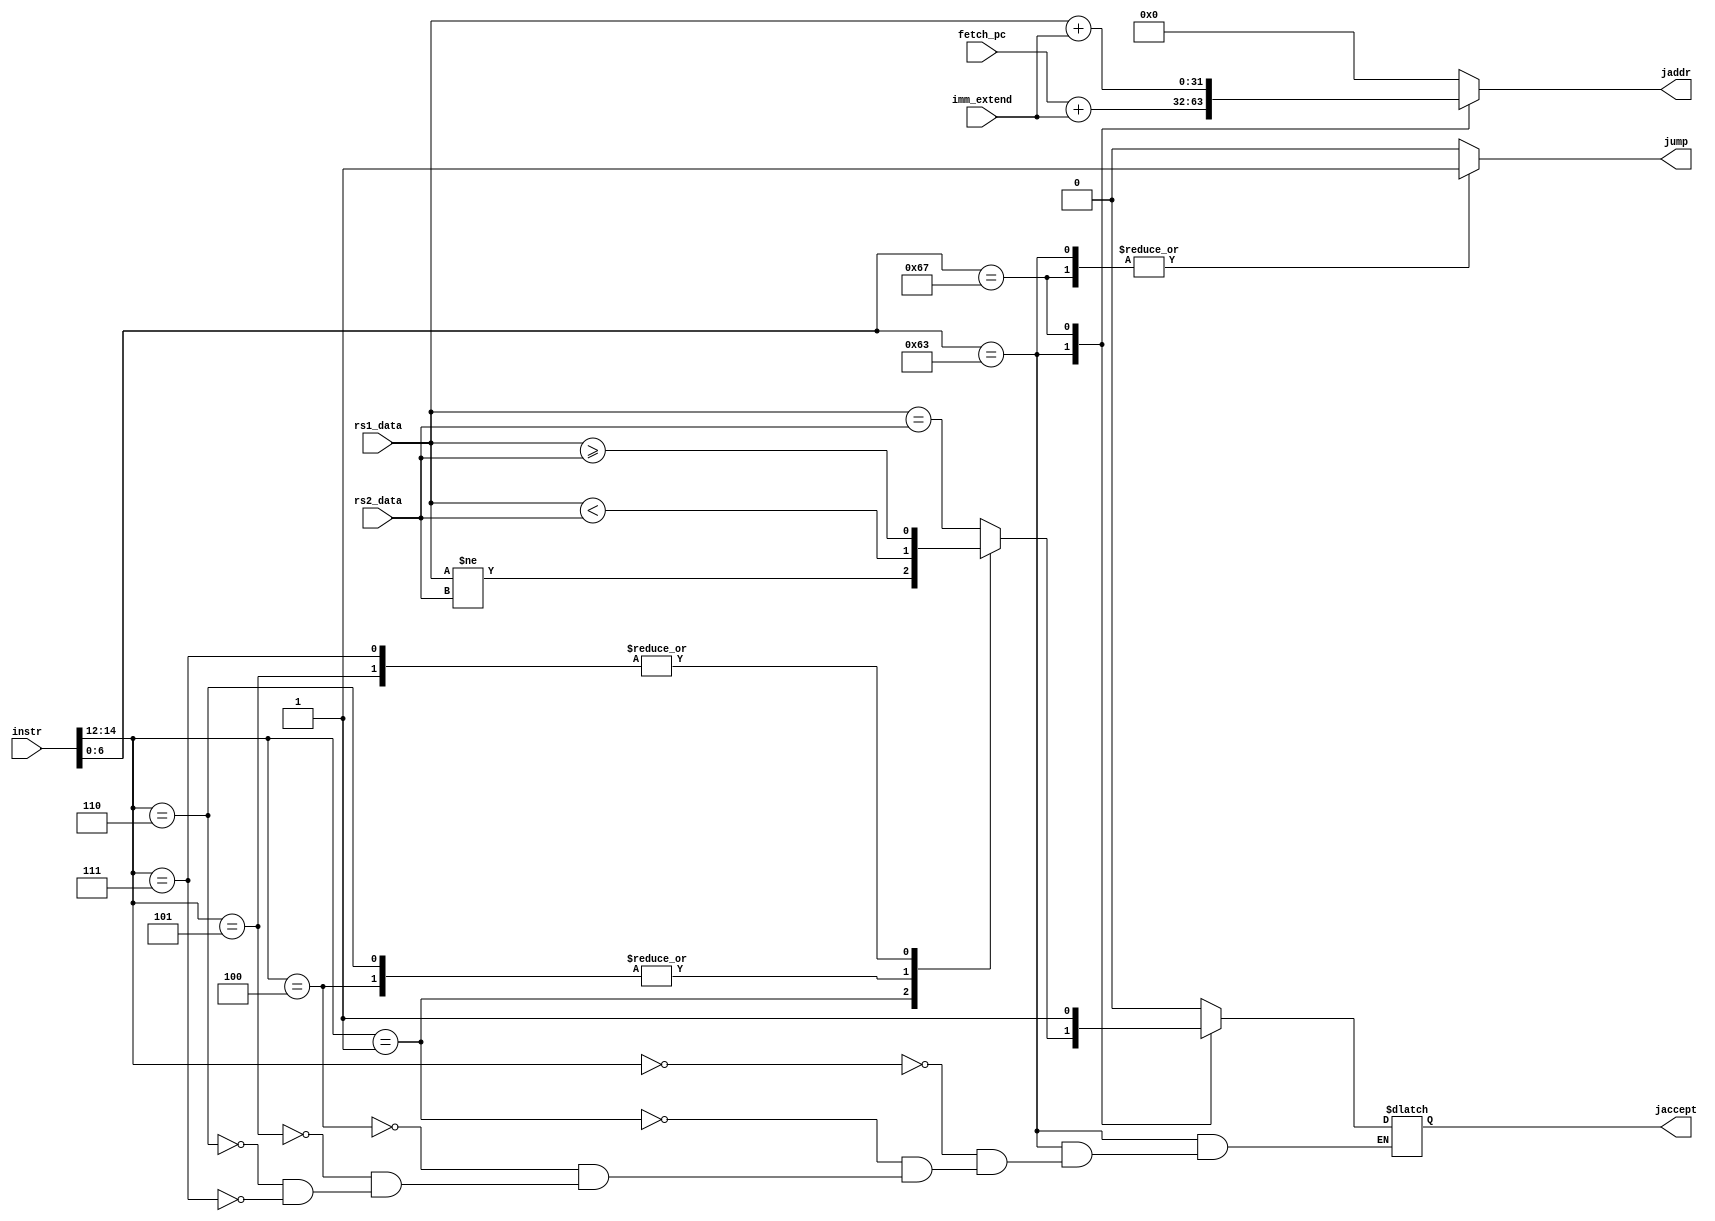
module Branch_Detect(
	// Input signals
	input wire [31:0]	instr,
	input wire [31:0] 	imm_extend,
	input wire [31:0]	fetch_pc,
	input wire [31:0]	rs1_data,
	input wire [31:0]	rs2_data,
	// Output signals	
	output reg			jump,
	output reg			jaccept,
	output reg [31:0]  	jaddr
);

	wire [6:0] opcode = instr[6:0];
	wire [2:0] funct3 = instr[14:12];

	always @(*) begin
		case(opcode)
			7'b1100011: begin
				jump = 1'b1;
				jaddr = fetch_pc + imm_extend;
				case(funct3)
					3'b000: jaccept = rs1_data == rs2_data; // beq
					3'b001: jaccept = rs1_data != rs2_data; // bne
					3'b100: jaccept = rs1_data < rs2_data;// blt
					3'b101: jaccept = rs1_data >= rs2_data; // bge
					3'b110: jaccept = rs1_data < rs2_data; // bltu
					3'b111: jaccept = rs1_data >= rs2_data; // bgeu
				endcase
			end
			7'b1100111: begin // jalr
				jump = 1'b1;
				jaccept = 1'b1;
				jaddr = rs1_data + imm_extend;
			end
			default: begin
				jump = 1'b0;
				jaccept = 1'b0;
				jaddr = 32'd0;
			end
		endcase
	end
endmodule